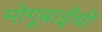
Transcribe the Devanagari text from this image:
मोगूबाईंची